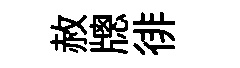
赦牕徘